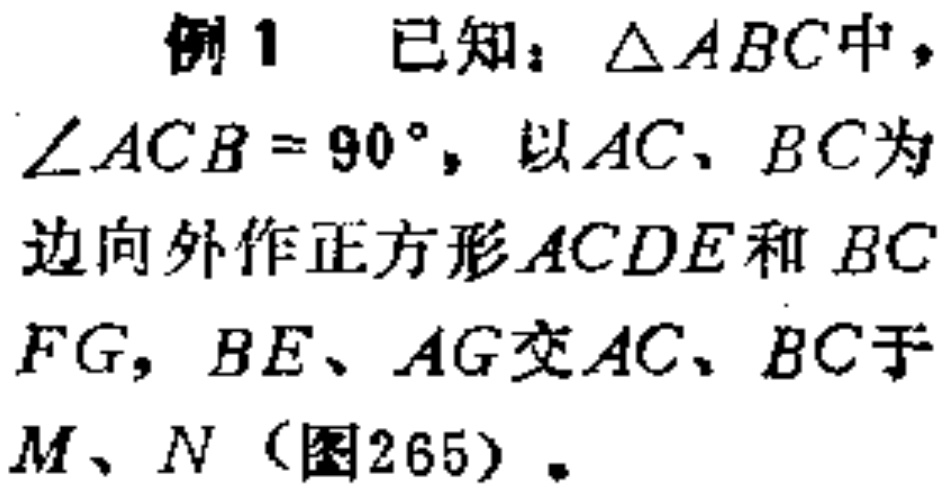
例1 已知：$\triangle ABC$中，$\angle ACB = 90^{\circ}$，以$AC$、$BC$为边向外作正方形$ACDE$和$BCFG$，$BE$、$AG$交$AC$、$BC$于$M$、$N$（图265）。